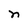
Character: n